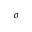
^ o